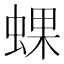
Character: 蜾